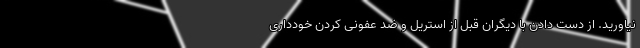
نیاورید. از دست دادن با دیگران قبل از استریل و ضد عفونی کردن خودداری